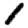
Digit: 1